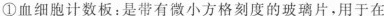
①血细胞计数板：是带有微小方格刻度的玻璃片，用于在